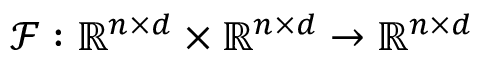
\mathcal { F } : \mathbb { R } ^ { n \times d } \times \mathbb { R } ^ { n \times d } \rightarrow \mathbb { R } ^ { n \times d }